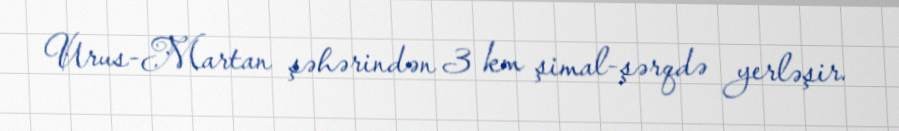
Urus-Martan şəhərindən 3 km şimal-şərqdə yerləşir.